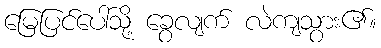
မြေပြင်ပေါ်သို့ ခွေလျက် လဲကျသွား၏။